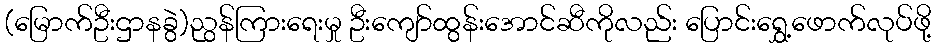
(မြောက်ဦးဌာနခွဲ)ညွန်ကြားရေးမှု ဦးကျော်ထွန်းအောင်ဆီကိုလည်း ပြောင်းရွှေ့ဖောက်လုပ်ဖို့